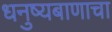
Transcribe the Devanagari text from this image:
धनुष्यबाणाचा